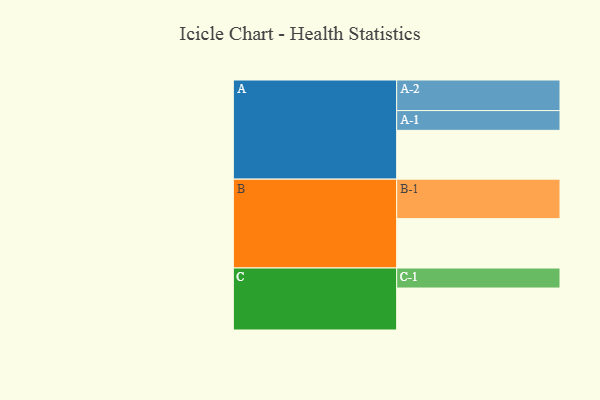
{"axis": {"x": "Segment", "y": "Value"}, "legend": ["", "A", "B", "C"], "data": [{"x": "A", "y": 356, "type": ""}, {"x": "B", "y": 360, "type": ""}, {"x": "C", "y": 306, "type": ""}, {"x": "A-1", "y": 144, "type": "A"}, {"x": "A-2", "y": 223, "type": "A"}, {"x": "B-1", "y": 288, "type": "B"}, {"x": "C-1", "y": 146, "type": "C"}]}